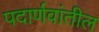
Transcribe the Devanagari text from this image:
पदार्णवांतील